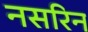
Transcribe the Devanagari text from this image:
नसरिन